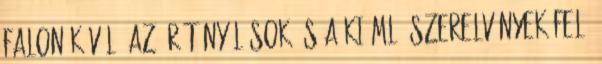
falon kívül, az ürítõnyílások és a kiömlõ szerelvények felé